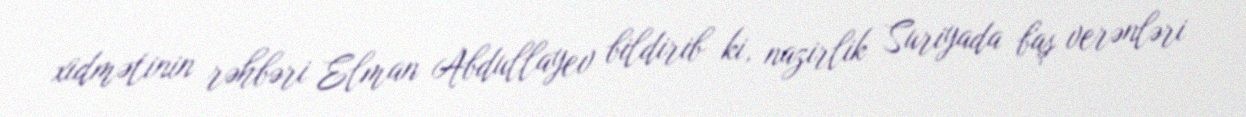
xidmətinin rəhbəri Elman Abdullayev bildirib ki, nazirlik Suriyada baş verənləri